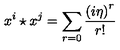
x ^ { i } \star x ^ { j } = \sum _ { r = 0 } \frac { \left( i \eta \right) ^ { r } } { r ! }